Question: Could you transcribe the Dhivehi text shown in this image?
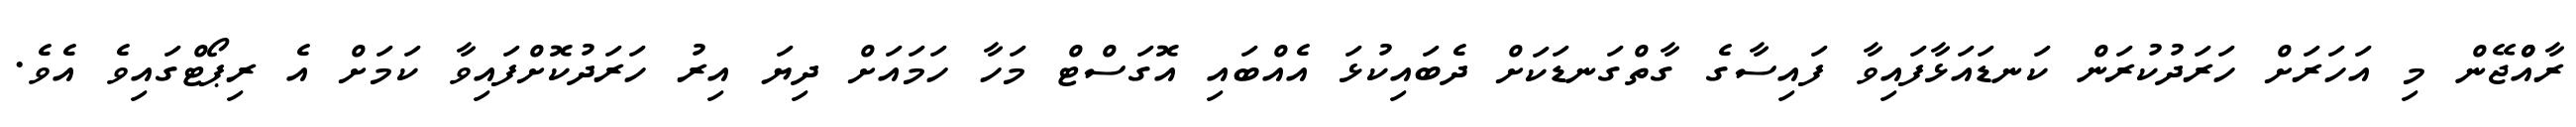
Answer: ރާއްްޖޭން މި އަހަރަށް ހަރަދުކުރަން ކަނޑައަޅާފައިވާ ފައިސާގެ ގާތްގަނޑަކަށް ދެބައިކުޅަ އެއްބައި އޮގަސްޓް މަހާ ހަމައަށް ދިޔަ އިރު ހަރަދުކޮށްފައިވާ ކަމަށް އެ ރިޕޯޓްގައިވެ އެވެ.